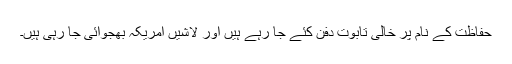
حفاظت کے نام پر خالی تابوت دفن کئے جا رہے ہیں اور لاشیں امریکہ بھجوائی جا رہی ہیں۔